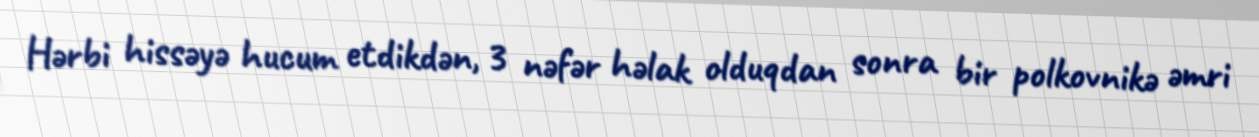
Hərbi hissəyə hucum etdikdən, 3 nəfər həlak olduqdan sonra bir polkovnikə əmri